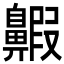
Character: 𪖲